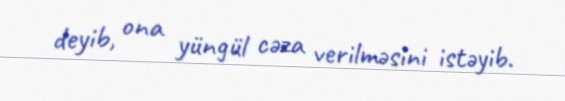
deyib, ona yüngül cəza verilməsini istəyib.